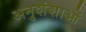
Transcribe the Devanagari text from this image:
अनुशंशाओं